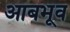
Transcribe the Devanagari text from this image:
आबभूव